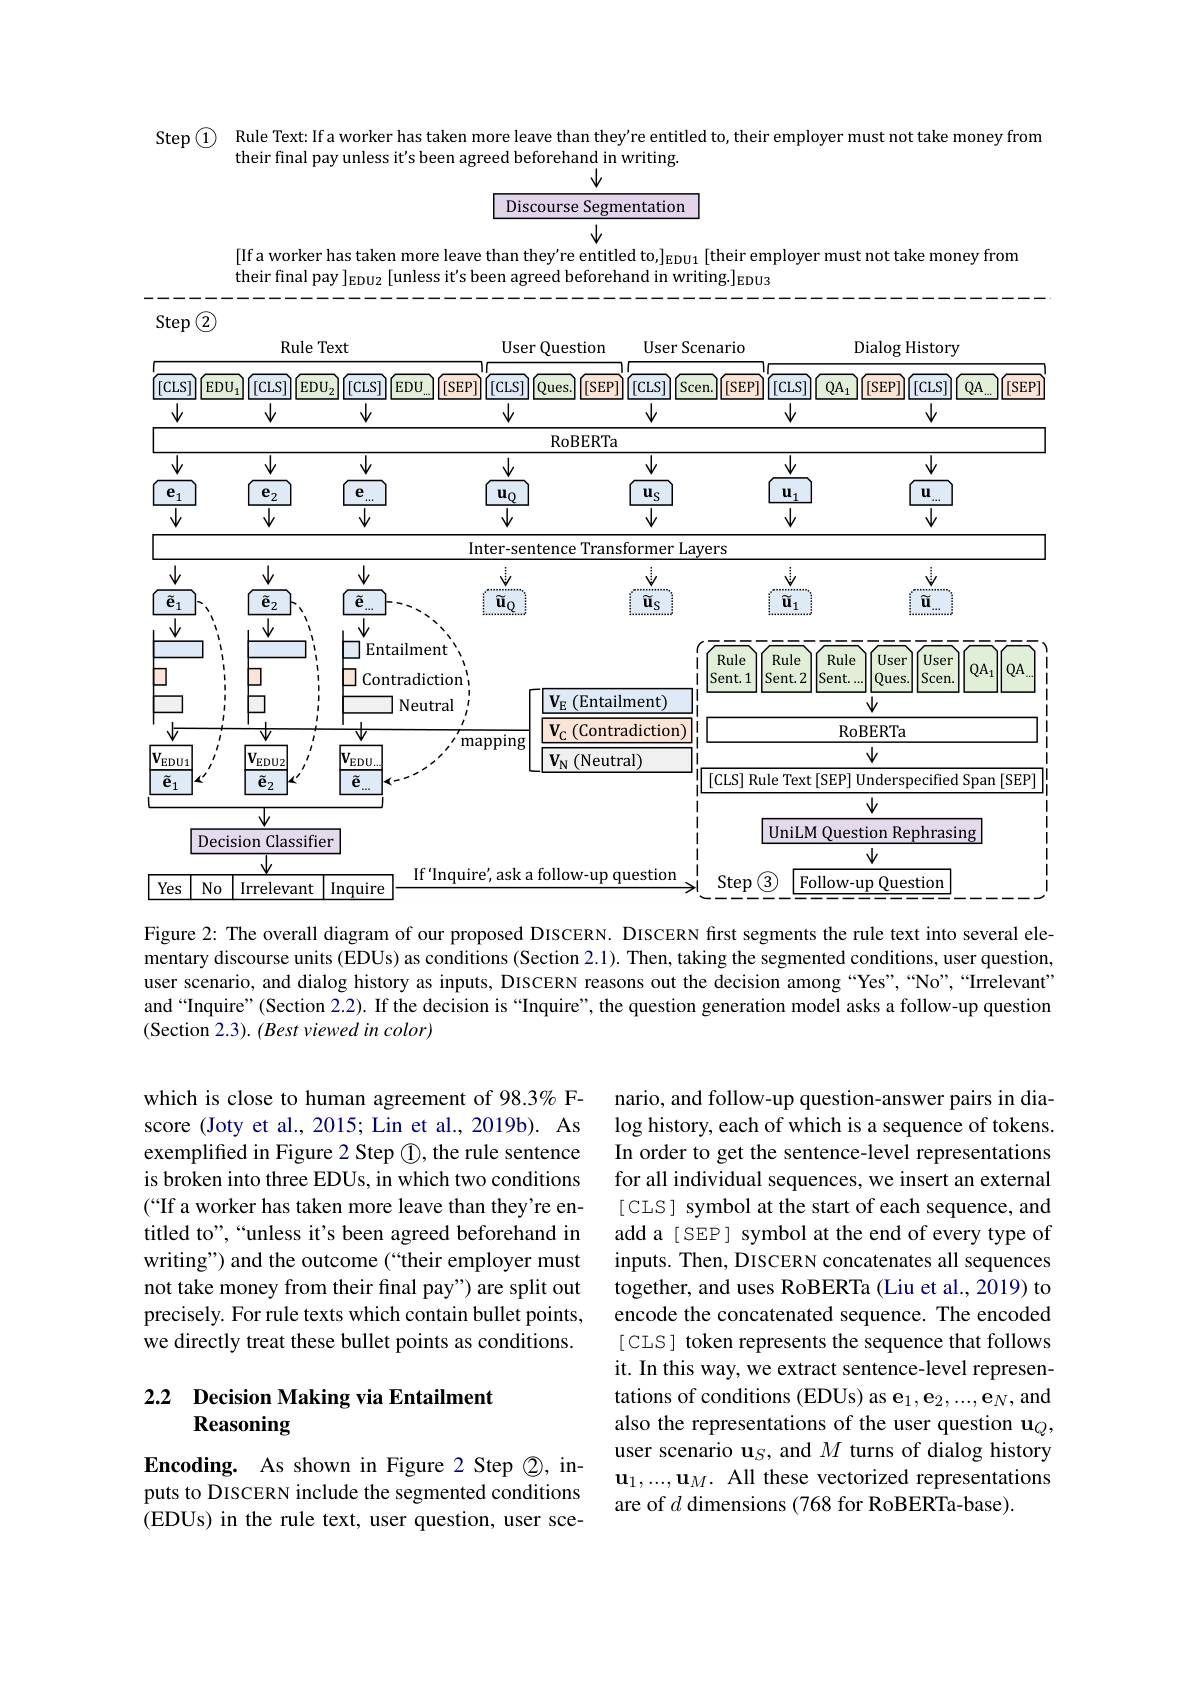
Step $\textcircled{1}$ Rule Text: If a worker has taken more leave than they're entitled to, their employer must not take money from
their final pay unless it's been agreed beforehand in writing.
$\downarrow$

$\boxed{\text{Discourse Segmentation}}$
$\downarrow$

[If a worker has taken more leave than they're entitled to,$]_\text{EDU1}[$their employer must not take money from
their final pay ]$_{\mathrm{EDU2}}\left[\text{unless it's been agreed beforehand in writing.}\right]_{\mathrm{EDU3}}$

<FigureHere>

Figure 2: The overall diagram of our proposed DISCERN. DISCERN first segments the rule text into several elementary discourse units (EDUs) as conditions (Section 2.1). Then, taking the segmented conditions, user question. user scenario, and dialog history as inputs, DISCERN reasons out the decision among “Yes”,“No”,“Irrelevant” and “Inquire”(Section 2.2). If the decision is “Inquire”, the question generation model asks a follow-up question (Section 2.3). (Best viewed in color)

which is close to human agreement of 98.3% Fscore (Joty et al., 2015; Lin et al., 2019b). As exemplified in Figure 2 Step $\textcircled{1}$, the rule sentence is broken into three EDUs, in which two conditions (“If a worker has taken more leave than they're entitled to",“unless it's been agreed beforehand in writing") and the outcome (“their employer must not take money from their final pay") are split out precisely. For rule texts which contain bullet points, we directly treat these bullet points as conditions.

nario, and follow-up question-answer pairs in dia- $\log$ history, each of which is a sequence of tokens. In order to get the sentence-level representations for all individual sequences, we insert an external [ CLS] symbol at the start of each sequence, and add a [ SEP] symbol at the end of every type of inputs. Then, DISCERN concatenates all sequences together, and uses RoBERTa (Liu et al., 2019) to encode the concatenated sequence. The encoded [ CLS] token represents the sequence that follows it. In this way, we extract sentence-level representations of conditions (EDUs) as e$_1,\mathbf{e}_2,...,\mathbf{e}_N$, and also the representations of the user question $\mathbf{u}_Q$, user scenario $\mathbf{u}_S$, and $M$ turns of dialog history $\mathbf{u}_1,...,\mathbf{u}_M.$ All these vectorized representations are of $d$ dimensions (768 for RoBERTa-base).

## 2.2 Decision Making via Entailment Reasoning

Encoding. As shown in Figure 2 Step $\textcircled{2}$, inputs to DISCERN include the segmented conditions ( EDUs) in the rule text, user question, user sce-